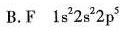
B.F 1s^{2}2s^{2}2p^{5}